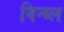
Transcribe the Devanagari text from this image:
विन्य्ल